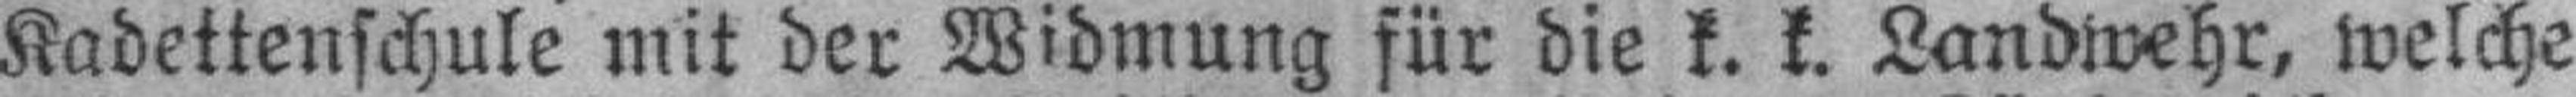
Kadettenschule mit der Widmung für die k. k. Landwehr, welche